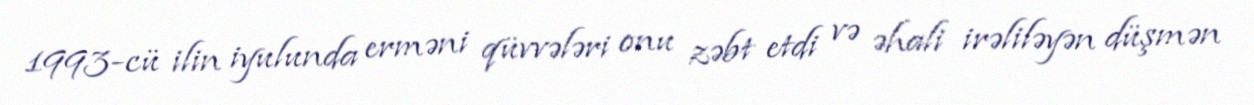
1993-cü ilin iyulunda erməni qüvvələri onu zəbt etdi və əhali irəliləyən düşmən